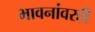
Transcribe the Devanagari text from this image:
भावनांवरही